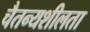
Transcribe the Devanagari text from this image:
चैतन्यशीलता